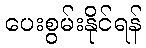
ပေးစွမ်းနိုင်ရန်